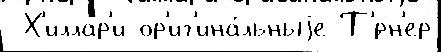
 Х'иллар'и ор'иг'ина́льныjе Т'́рн'ер